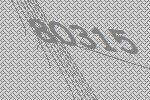
80315